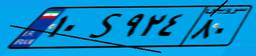
۱۰S۹۲۴۸۰